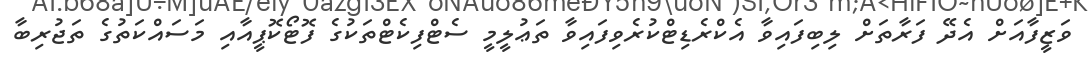
ވަޒީފާއަށް އެދޭ ފަރާތަށް ލިބިފައިވާ އެކްރެޑިޓްކުރެވިފައިވާ ތަޢުލީމީ ސެޓްފިކެޓްތަކުގެ ފޮޓޯކޮޕީއާއި މަސައްކަތުގެ ތަޖުރިބާ